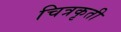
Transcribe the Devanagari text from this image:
चित्रकृती